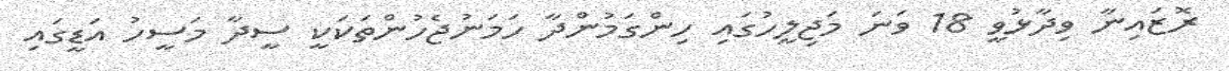
ރޮޒައިނާ ވިދާޅުވީ 18 ވަނަ މަޖިލީހުގައި ހިންގަމުންދާ ހަމަނުޖެހުންތަކަކީ ސީދާ މަސީހު އަޑީގައި